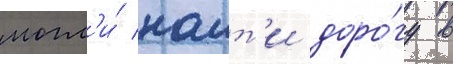
могл'и́ наит'и доро́гу в